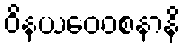
ဝိနယဝေဝစနာနိ